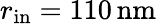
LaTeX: r_{\mathrm{in}}=110\, \mathrm{nm}